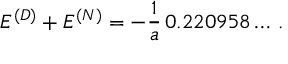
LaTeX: E ^ { ( \cal D ) } + E ^ { ( \cal N ) } = - \frac { 1 } { a } \, 0 . 2 2 0 9 5 8 \dots \, { . }